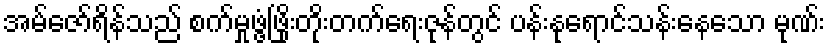
အမ်ဇော်ရိန်သည် စက်မှုဖွံ့ဖြိုးတိုးတက်ရေးဇုန်တွင် ပန်းနုရောင်သန်းနေသော မုဏ်း